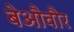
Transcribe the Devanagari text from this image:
बेऔवौर